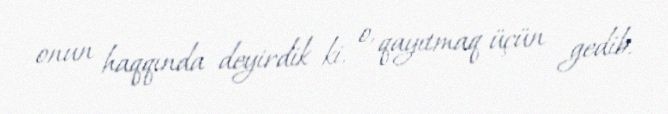
onun haqqında deyirdik ki, o, qayıtmaq üçün gedib.